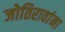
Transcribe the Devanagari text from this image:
जोतिरावांना